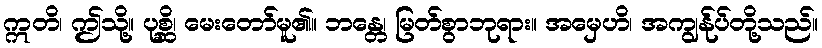
ဣတိ၊ ဤသို့။ ပုစ္ဆိ၊ မေးတော်မူ၏။ ဘန္တေ၊ မြတ်စွာဘုရား။ အမှေဟိ၊ အကျွန်ုပ်တို့သည်။